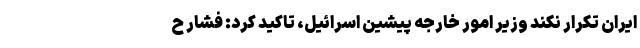
ایران تکرار نکند وزیر امور خارجه پیشین اسرائیل، تاکید کرد: فشار ح